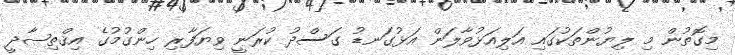
މިގޮތުން މި ލިޔުންތަކުގައި އަލިއަޅުވާލަން އަޅުގަނޑު ގަސްދު ކުރަނީ ވިޔަފާރި ހިންގުމުގެ އިޤްތިޞާދީ